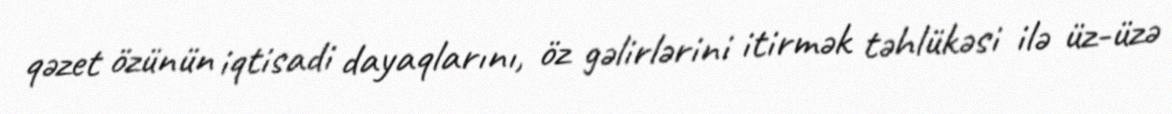
qəzet özünün iqtisadi dayaqlarını, öz gəlirlərini itirmək təhlükəsi ilə üz-üzə